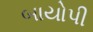
બાયોપી